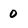
Character: 0